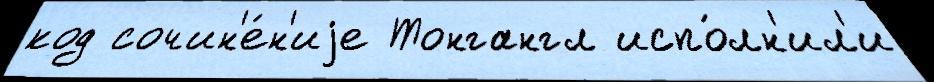
код сочин'е́н'иjе Тонгангл испо́лн'ил'и